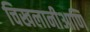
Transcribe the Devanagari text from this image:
चिखलानीआणि